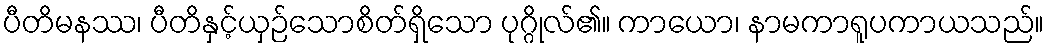
ပီတိမနဿ၊ ပီတိနှင့်ယှဉ်သောစိတ်ရှိသော ပုဂ္ဂိုလ်၏။ ကာယော၊ နာမကာရူပကာယသည်။